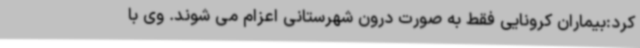
کرد:بیماران کرونایی فقط به صورت درون شهرستانی اعزام می شوند. وی با